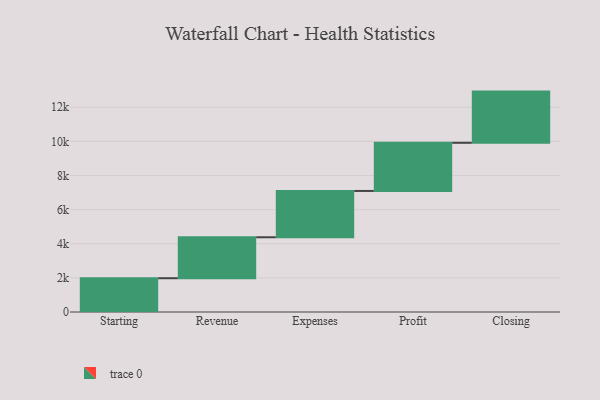
{"axis": {"x": "Step", "y": "Value"}, "legend": [""], "data": [{"x": "Starting", "y": 1979.0, "type": ""}, {"x": "Revenue", "y": 2401.0, "type": ""}, {"x": "Expenses", "y": 2713.0, "type": ""}, {"x": "Profit", "y": 2823.0, "type": ""}, {"x": "Closing", "y": 3000, "type": ""}]}